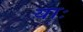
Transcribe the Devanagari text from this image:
याः